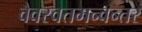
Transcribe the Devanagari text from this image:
वैवस्वतमन्वन्तर